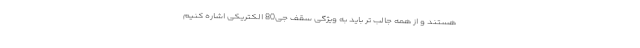
هستند و از همه جالب تر باید به ویژگی سقف جی80 الکتریکی اشاره کنیم